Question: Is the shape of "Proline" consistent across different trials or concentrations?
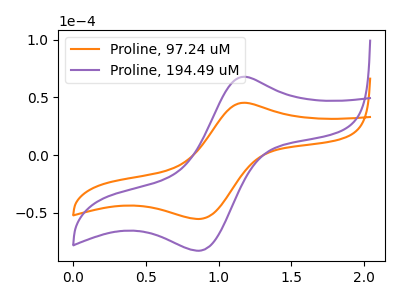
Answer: <think>The orange curve "Proline, 97.24 uM" has an anodic peak at (1.15V, 45.40uA) and a cathodic peak at (0.90V, -55.35uA). The purple curve "Proline, 194.49 uM" has an anodic peak at (1.15V, 68.00uA) and a cathodic peak at (0.90V, -82.90uA).
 All the peaks in "Proline, 97.24 uM" have a peak in "Proline, 194.49 uM" at the same potential. Every peak in "Proline, 97.24 uM" is lower than every peak in "Proline, 194.49 uM".</think>
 <answer>All the CV's of "Proline" have similar shape.</answer>
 <eval>follow_rule</eval>